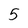
Character: 5